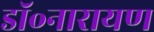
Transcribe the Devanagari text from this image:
डॉ॰नारायण